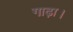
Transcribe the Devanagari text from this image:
गाढ़ा।